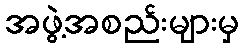
အဖွဲ့အစည်းများမှ